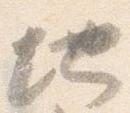
地